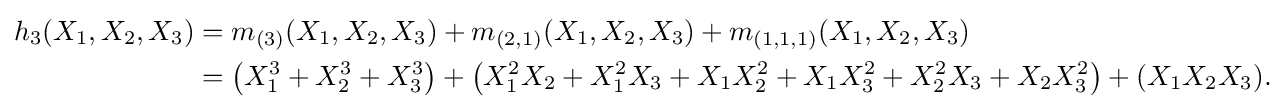
{\begin{aligned}h_{3}(X_{1},X_{2},X_{3})&=m_{(3)}(X_{1},X_{2},X_{3})+m_{(2,1)}(X_{1},X_{2},X_{3})+m_{(1,1,1)}(X_{1},X_{2},X_{3})\\&=\left(X_{1}^{3}+X_{2}^{3}+X_{3}^{3}\right)+\left(X_{1}^{2}X_{2}+X_{1}^{2}X_{3}+X_{1}X_{2}^{2}+X_{1}X_{3}^{2}+X_{2}^{2}X_{3}+X_{2}X_{3}^{2}\right)+(X_{1}X_{2}X_{3}).\\\end{aligned}}